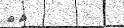
١٥